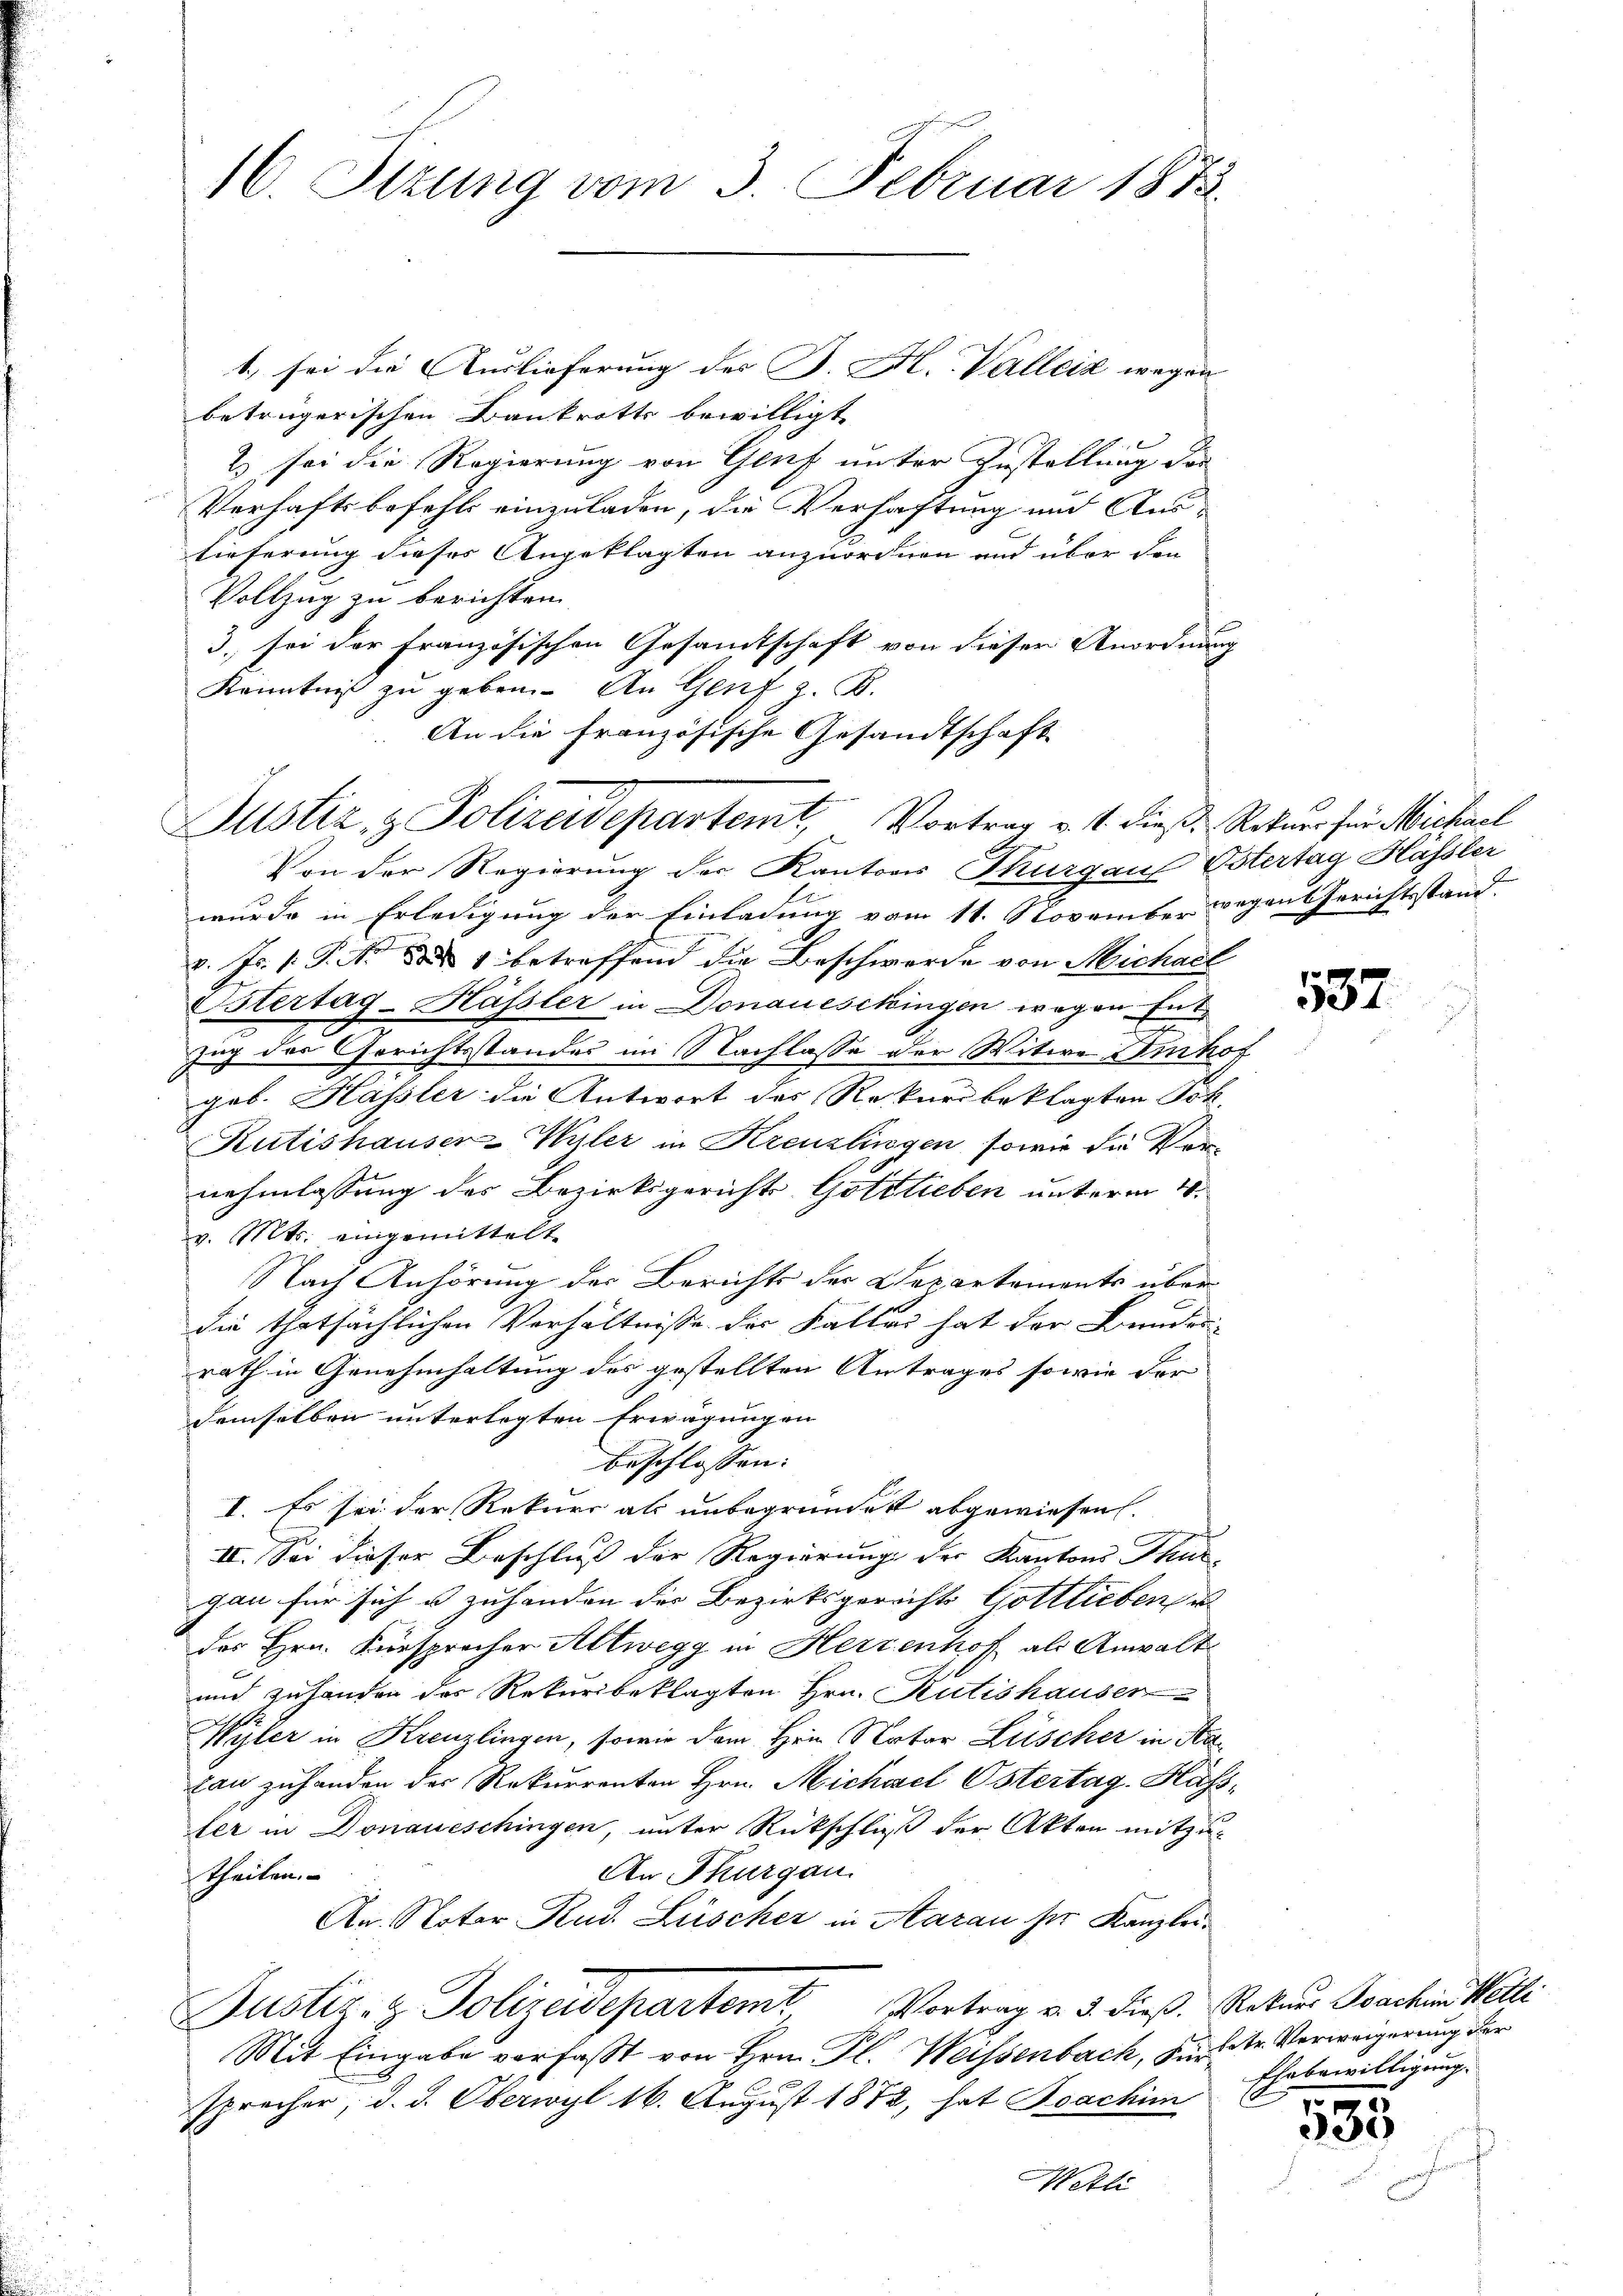
16. Sizung vom 3. Februar 1872

Justiz & Polizeidepartent, Vortrag v. 4. dieß. Rotuer für Michael

t. sei die Auslieferung des B. H. Valleiz wegen
betrügerischen Baukrotts bewilligt
2) sei die Regierung von Genf unter Zustellung der
Verhaftsbefehls einzuladen, die Verhaftung und Austieferung dieses Angeklagten anzuordnen und über den
Vollzug zu berichten
3. sei der Französischen Gesamtschaft von dieser Anordnung
Kenntniß zu geben. An Genf z. B.
An die Französische Gesandtschaft
Von der Regierung der Kantons Thurgaus Estertag Hassler
wurde in Erledigung der Einladung vom 11. November wegent Gerichtsstand.
v. Js. (T. d. 1 betreffend die Beschwerde von Michael
Istertag-Hässler in Donauesckingen wegen Entzug des Gerichtsstandes im Nachlasse der Witwe Imhof
geb. Hassler die Antwort des Rekursbeklagten Frk.
Kutishauser-Wyler in Kreuzlingen, sowie die Vernehmlassung des Bezirksgericht Gottlieben unterm 10.
v. Mts. eingemittelt
Nach Anhörung der Berichts der Departements über
die thatsächlichen Verhältnisse der Fallen hat der Bundes-
rath in Genehmhaltung des gestellten Antrages sowie der
demselben unterlegten Erwägungen
beschlossen:
I. Es sei der Rekurs als unbegründet abgewiesen.
II. Sei dieser Beschluß der Regierung der Kantons Thur-
gau für sich u zuhanden der Bezirksgerichts Gottlieben u
des Hrn. Fürsprecher Altwegg in Herzenhof als Anwalt
und zuhanden der Rekursbeklagten Hrn. Rütishauser
Vyler in Krenzlingen, sowie dem Hrn. Natar Lüscher in Nakan zuhanden der Rekurrenten Hrn. Michael Ostertag. Hassler in Donaueschingen, unter Rückschluß der Akten mitzu¬
An Thurgau.
theilen.
An. Notar Rud. Lüscher in Aarau ser Kanzlei¬
Justiz- & Polizeidepartem Vortrag v. 3. dieß, Rekurs Joachin Melli
Mit Eingabe verfasst von Hrn. Fl. Weissenbach, Surbetr. Verweigerung der
sprecher, d. d. Oberwyl 16. August 1872, hat Foachim

557

Ehebewilligung.
.

305